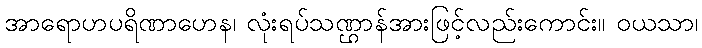
အာရောဟပရိဏာဟေန၊ လုံးရပ်သဏ္ဌာန်အားဖြင့်လည်းကောင်း။ ဝယသာ၊